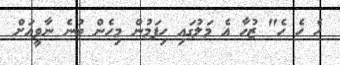
ހެ ހެ ހެ" ޒުހާ އެ މަލުގައި ހިފަމުން މިހެން ބުނެ ނާވީއަށް